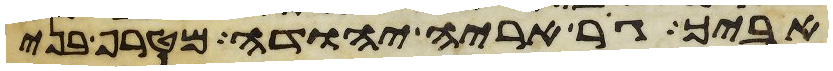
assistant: אביך גור אריה יהודה מטרף בני